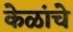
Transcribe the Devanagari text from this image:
केळांचे